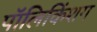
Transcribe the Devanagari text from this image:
पॉलिकिंशग